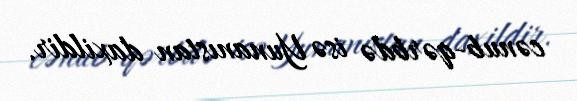
cənub-qərbdə isə Yunanıstan daxildir.